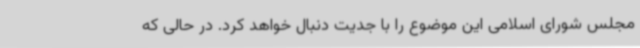
مجلس شورای اسلامی این موضوع را با جدیت دنبال خواهد کرد. در حالی که